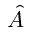
\hat { A }